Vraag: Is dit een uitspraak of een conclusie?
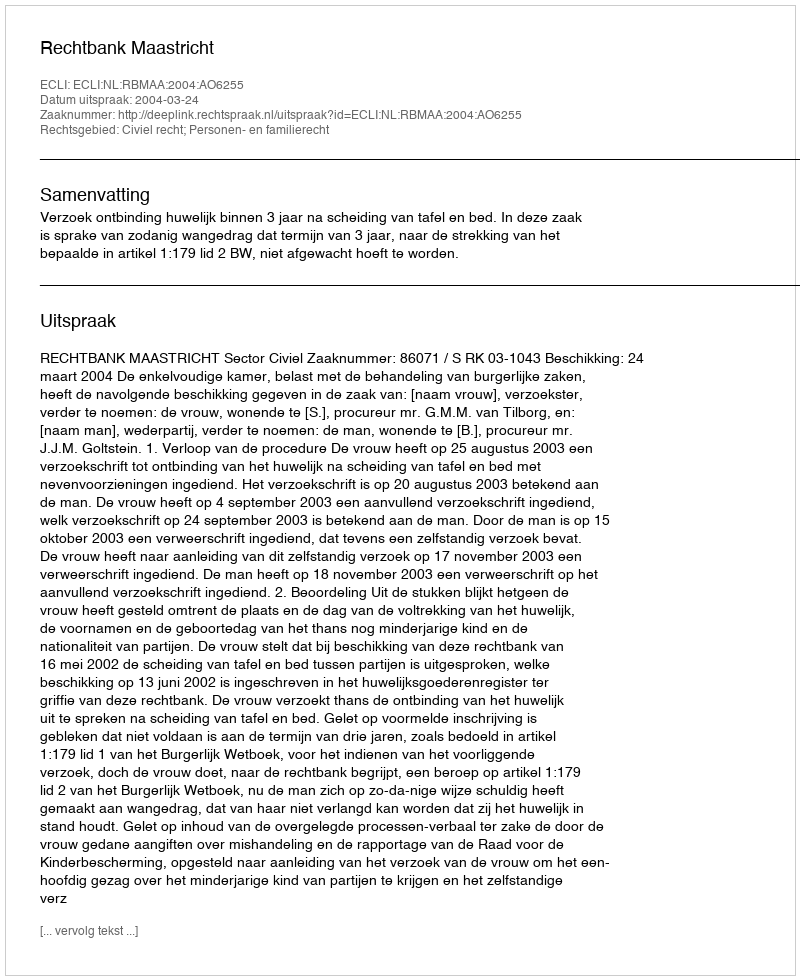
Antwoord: Uitspraak